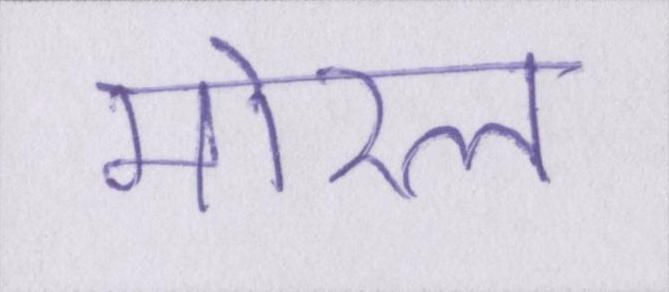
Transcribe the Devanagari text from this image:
मोरल